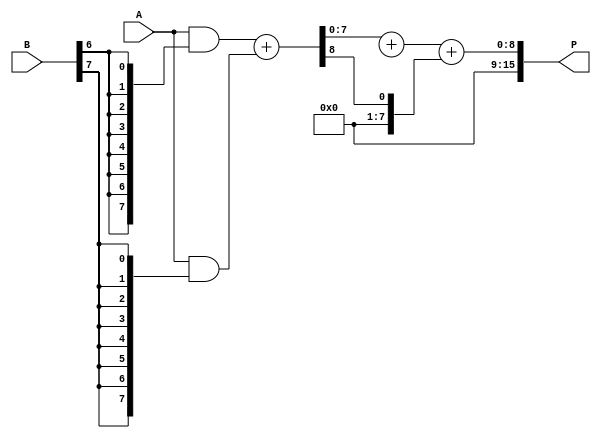
module WallaceTreeMultiplier #(parameter N = 8) (
    input [N-1:0] A,
    input [N-1:0] B,
    output reg [2*N-1:0] P
);

    // Generate partial products
    wire [N-1:0] pp [0:N-1]; // Partial products
    genvar i, j;
    generate
        for (i = 0; i < N; i = i + 1) begin : gen_partial_products
            assign pp[i] = A & {N{B[i]}};
        end
    endgenerate

    // Wallace tree reduction
    wire [N-1:0] sum [0:N-1]; // Sums of the tree
    wire [N-1:0] carry [0:N-1]; // Carries of the tree

    // Level 1: Combine partial products using HAs and FAs
    // This example assumes a simple structure for demonstration
    // More complex structures would be needed for larger N
    generate
        for (i = 0; i < N-1; i = i + 1) begin : level1
            if (i % 2 == 0) begin
                // Half Adder
                assign {carry[i], sum[i]} = pp[i] + pp[i+1];
            end else begin
                // Full Adder
                assign {carry[i], sum[i]} = pp[i] + pp[i+1] + carry[i-1];
            end
        end
    endgenerate

    // Final stage: Sum the last two rows
    wire [N:0] final_sum; // Final sum with carry
    assign final_sum = sum[N-2] + sum[N-1] + carry[N-2];

    // Assign the product
    always @(*) begin
        P = final_sum; // Final product assignment
    end

endmodule